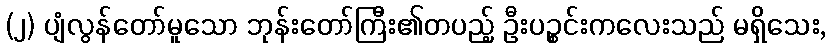
(၂) ပျံလွန်တော်မူသော ဘုန်းတော်ကြီး၏တပည့် ဦးပဉ္စင်းကလေးသည် မရှိသေး,